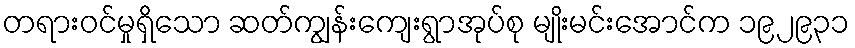
တရားဝင်မှုရှိသော ဆတ်ကျွန်းကျေးရွာအုပ်စု မျိုးမင်းအောင်က ၁၉၂၉၃၁